system: You are a helpful assistant.
user:
Analyze the provided spectrum to determine if it is a **Carbon Star (C-type)**.

- **Key Visual Indicators of Carbon Star:**
    - **(Primary):** Strong molecular absorption from **C₂ (diatomic carbon) "Swan Bands."** This is the **defining feature** of a carbon star.
        - **(Key Bandheads):** Sharp absorption edges are visible at approximately $5635$ Å, $5165$ Å (the strongest band), and $4737$ Å.
        - **(Line Profile):** Creates a distinct **"saw-tooth"** pattern. The key morphology is a sharp, steep bandhead on the **red (long-wavelength) side**, which then gradually tapers off (i.e., flux recovers) towards the **blue (short-wavelength) side**. *(This is the direct opposite of the TiO bands seen in M-type stars)*.

    - **(Secondary):** Intense **CN (cyanogen)** molecular absorption bands.
        - **(Key Bandheads):** Located in the blue and violet regions of the spectrum (e.g., near $4215$ Å and $3883$ Å).
        - **(Morphology):** These bands are extremely broad and act as a "blanket," absorbing the vast majority of blue and violet light. This creates a characteristic **"cliff"** or **"steep drop-off"** in the spectrum's flux at short wavelengths.

    - **(Key Confirmation):** Strong **CH absorption band (G-band)**.
        - **(Key Bandhead):** Located around $4300$ Å. The contribution from CH molecules to this band is exceptionally strong.

    - **(Overall Spectrum):**
        - The continuum is severely "chopped up" by these deep molecular bands, especially C₂, rather than appearing as a smooth curve.
        - Due to the heavy CN and C₂ absorption in the blue-green, the vast majority of the star's flux is concentrated in the red part of the spectrum, giving the star its characteristic deep red color.

Think first, call **spectral_visualization_tool** if needed to examine features in detail, then provide your final answer. Your response must adhere to the following strict rules:
1.  **Overall Structure:** Your response must follow the format `<think>...</think> <tool_call>...</tool_call> (if a tool is used) <answer>...</answer>`.
2.  **Tool Usage Constraint:** You may only make **one** tool call per turn.
3.  **Final Answer Format:** In the `<answer>` tag, your conclusion must be inside a `\boxed{}` command (e.g., `\boxed{YES}`), followed by your justification.

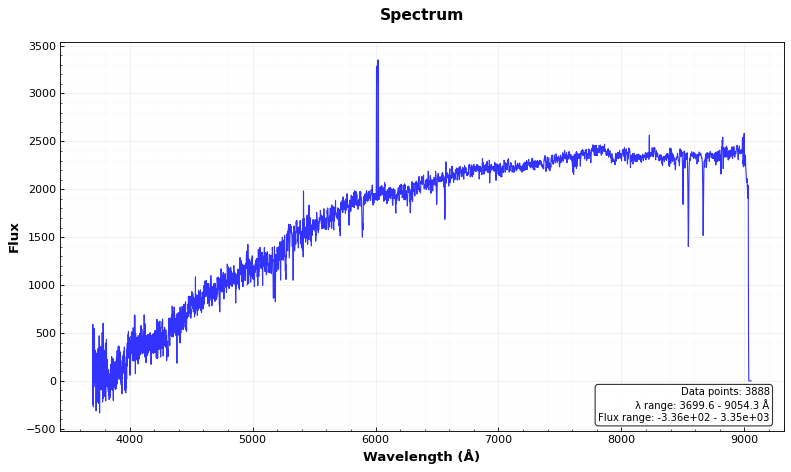
Answer: NO